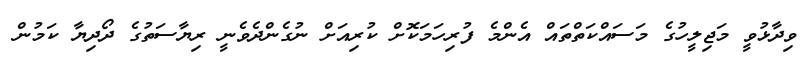
ވިދާޅުވީ މަޖިލީހުގެ މަސައްކަތްތައް އެންމެ ފުރިހަމަކޮށް ކުރިއަށް ނުގެންދެވެނީ ރިޔާސަތުގެ ދޯދިޔާ ކަމުން